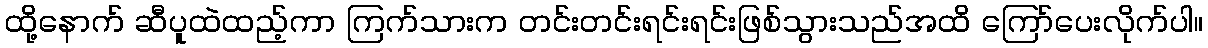
ထို့နောက် ဆီပူထဲထည့်ကာ ကြက်သားက တင်းတင်းရင်းရင်းဖြစ်သွားသည်အထိ ကြော်ပေးလိုက်ပါ။